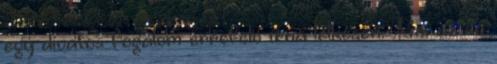
egy divatos fogalom errefelé írna lelkesen. Ami az én